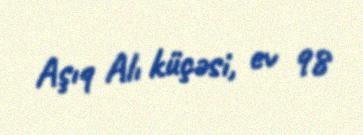
Aşıq Alı küçəsi, ev 98